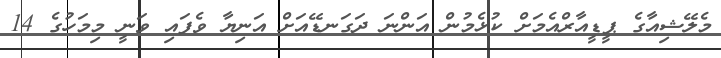
މެލޭޝިއާގެ ޕީޑީއާރްއެމަށް ކުޅެމުން އަންނަ ދަގަނޑޭއަށް އަނިޔާ ވެފައި ވަނީ މިމަހުގެ 14